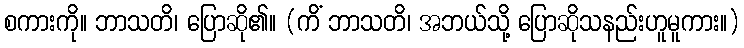
စကားကို။ ဘာသတိ၊ ပြောဆို၏။ (ကိံ ဘာသတိ၊ အဘယ်သို့ ပြောဆိုသနည်းဟူမူကား။)